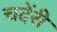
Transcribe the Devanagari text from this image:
चदेंरी